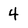
Character: 4